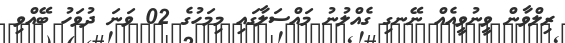
ރިލްވާން ވީނުވީއެއް ނޭނގި ގެއްލުނު މައްސަލާގައި މިމަހުގެ 02 ވަނަ ދުވަހު ބޭއްވި